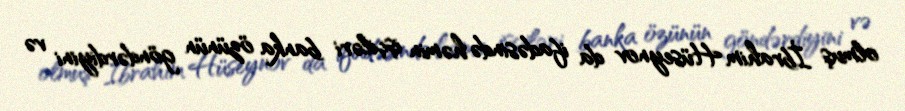
olmuş İbrahim Hüseynov da ifadəsində həmin işçiləri banka özünün göndərdiyini və